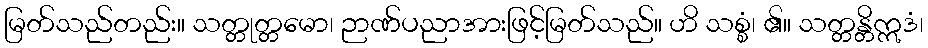
မြတ်သည်တည်း။ သတ္တုတ္တမော၊ ဉာဏ်ပညာအားဖြင့်မြတ်သည်။ ဟိ သစ္စံ၊ ၏။ သတ္တန္တိဣဒံ၊